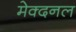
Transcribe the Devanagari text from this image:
मेक्दनल